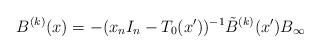
LaTeX: \begin{align*} B^{(k)}(x)=-(x_nI_n-T_0(x'))^{-1}\tilde{B}^{(k)}(x')B_{\infty} \end{align*}